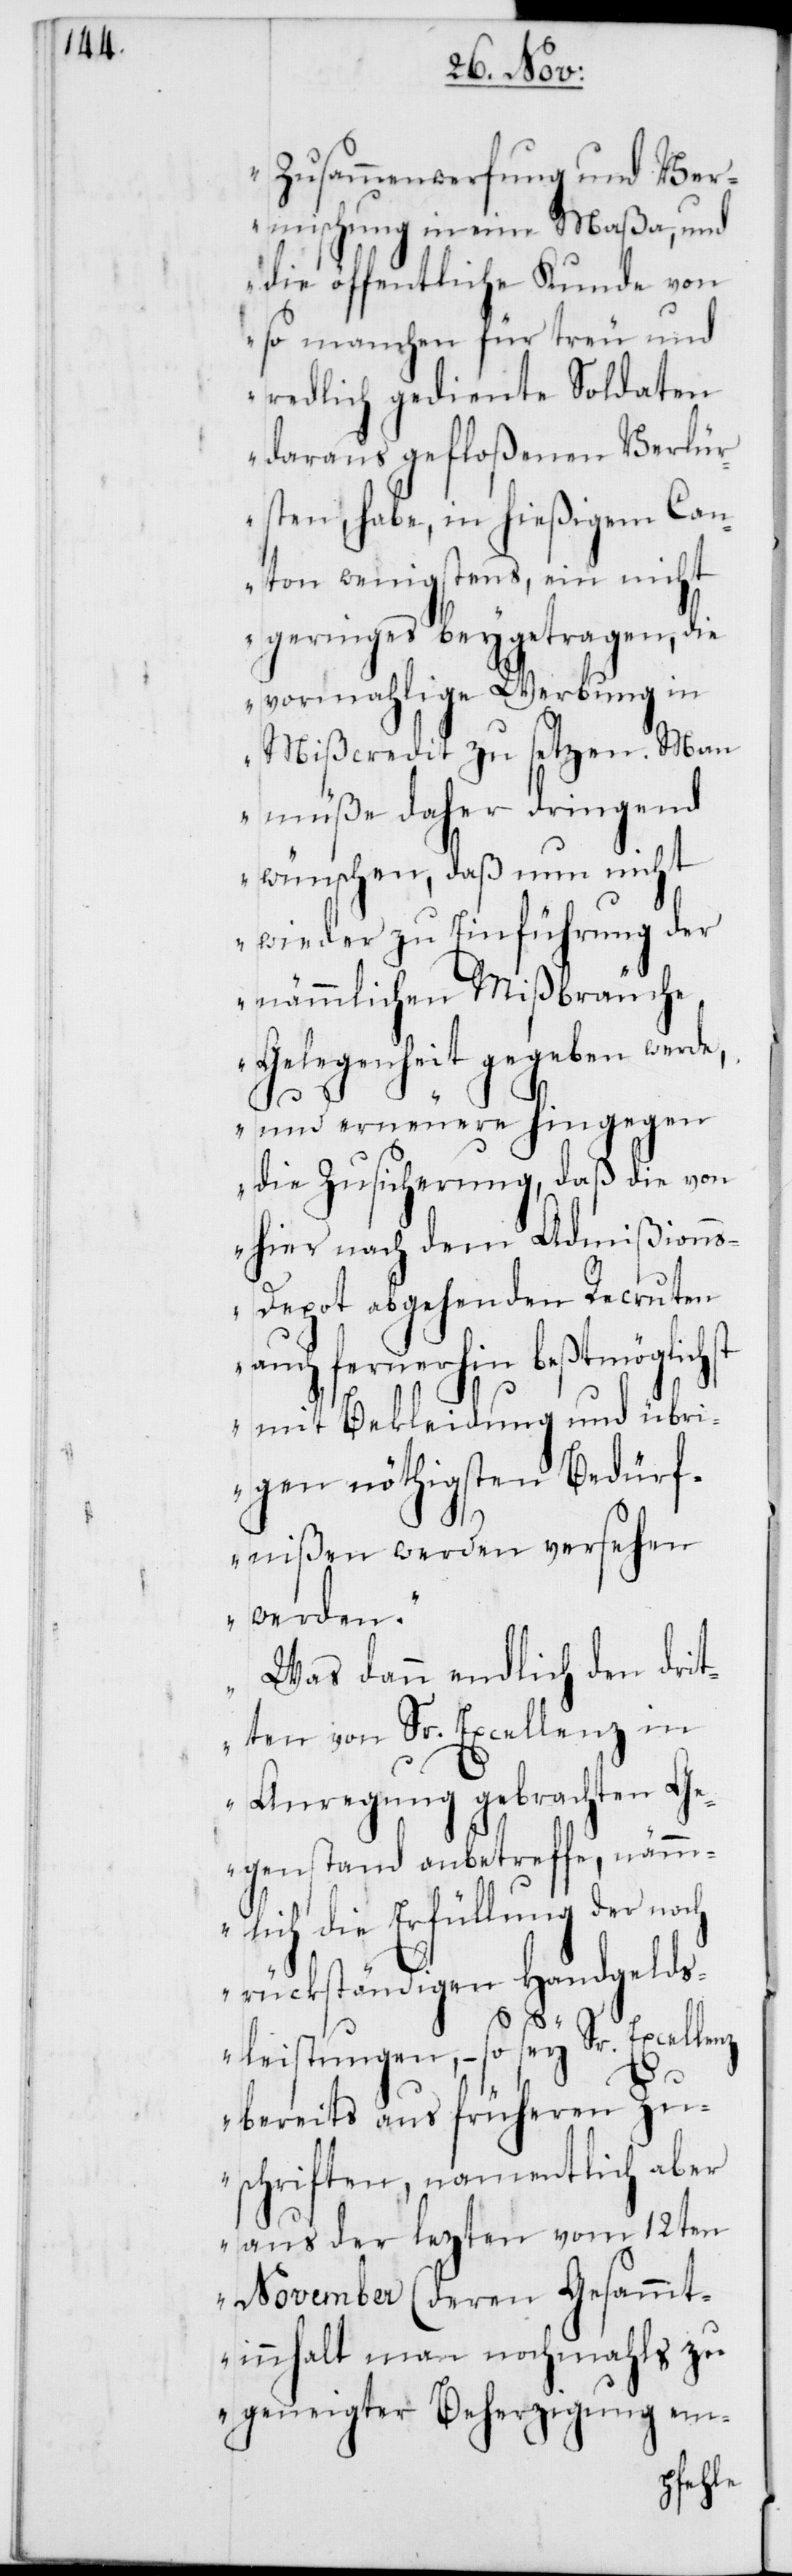
Zusammenwerfung und Ver¬
mischung in eine Maßa, und
die öffentliche Kunde von
so manchen für treu und
redlich gediente Soldaten
daraus gefloßenen Verlü¬
rsten, habe, in hießigem Can¬
ton wenigstens, ein nicht
geringes beygetragen, die
vormahlige Werbung in
Mißcredit zu setzen. Man
müße daher dringend
wünschen, daß nun nicht
wieder zu Einführung der
nämmlichen Mißbräuche
Gelegenheit gegeben werd¬
e, und erneuere hingegen
die Zusicherung, daß die von
hier nach dem Admißion¬
s-Depot abgehenden Recruten
auch fernerhin beßtmöglic¬
hst mit Bekleidung und übri¬
gen nöthigsten Bedür¬
fnißen werden versehen
werden.“
„Was dann endlich den dri¬
tten von Sr. Excellenz in
Anregung gebrachten G¬
egenstand anbetreffe, näm¬
mlich die Erfüllung der
rückständigen Handgelds¬
leistungen, – so sey Sr. Excellenz
bereits aus früheren Zu¬
schriften, namentlich aber
aus der lezten vom 12ten
November (deren Gesammt¬
innhalt man nochmahls zu
geneigter Beherzigung em-